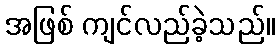
အဖြစ် ကျင်လည်ခဲ့သည်။